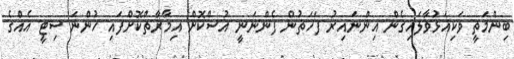
ބިންމަތީ ވަކިއަޅުވާލައިގެން އިންނައިރު ފަހަތުން ފެންނަނީ އުސްކޮށް އިމާރާތްކޮށްފައި ހުންނަ ސިޓީ އެއްގެ